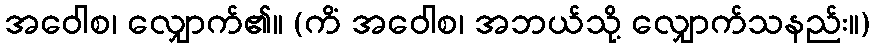
အဝေါစ၊ လျှောက်၏။ (ကိံ အဝေါစ၊ အဘယ်သို့ လျှောက်သနည်း။)